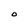
Character: O